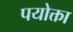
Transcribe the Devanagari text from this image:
पयोक्ता